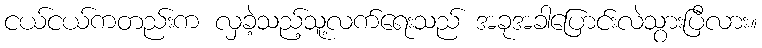
ငယ်ငယ်ကတည်းက လှခဲ့သည့်သူ့လက်ရေးသည် အခုအခါပြောင်းလဲသွားပြီလား။